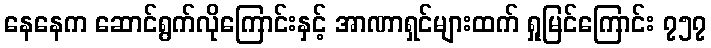
နေနေက ဆောင်ရွက်လိုကြောင်းနှင့် အာဏာရှင်များထက် ရှုမြင်ကြောင်း ၇၅၇